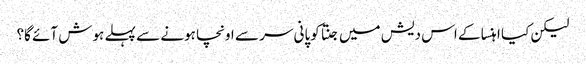
لیکن کیا اہنسا کے اس دیش میں جنتا کوپانی سر سے اونچا ہونے سے پہلے ہوش آئے گا؟